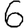
Digit: 6